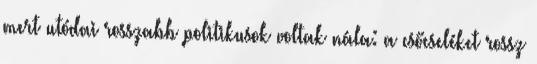
mert utódai rosszabb politikusok voltak nála: a csőcseléket rossz